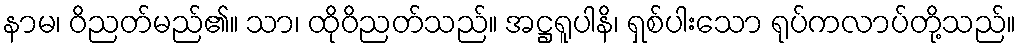
နာမ၊ ဝိညတ်မည်၏။ သာ၊ ထိုဝိညတ်သည်။ အဋ္ဌရူပါနိ၊ ရှစ်ပါးသော ရုပ်ကလာပ်တို့သည်။